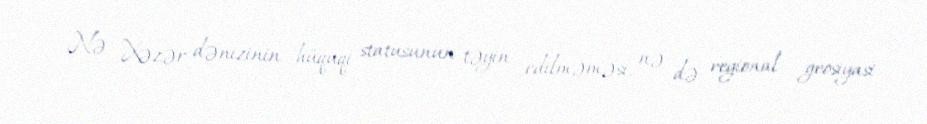
Nə Xəzər dənizinin hüquqi statusunun təyin edilməməsi, nə də regional geosiyasi